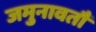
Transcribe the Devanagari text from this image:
जमुनावतौ